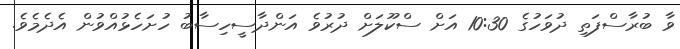
ވާ ބުރާސްފަތި ދުވަހުގެ 10:30 އަށް ސްކޫލަށް ދުރުވެ އަންދާސީހިސާބު ހުށަހެޅުއްވުން އެދެމެވެ.